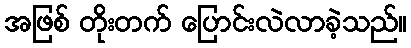
အဖြစ် တိုးတက် ပြောင်းလဲလာခဲ့သည်။